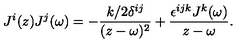
J ^ { i } ( z ) J ^ { j } ( \omega ) = - \frac { k / 2 \delta ^ { i j } } { ( z - \omega ) ^ { 2 } } + \frac { \epsilon ^ { i j k } J ^ { k } ( \omega ) } { z - \omega } .